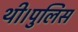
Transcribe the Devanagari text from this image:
थी।पुलिस